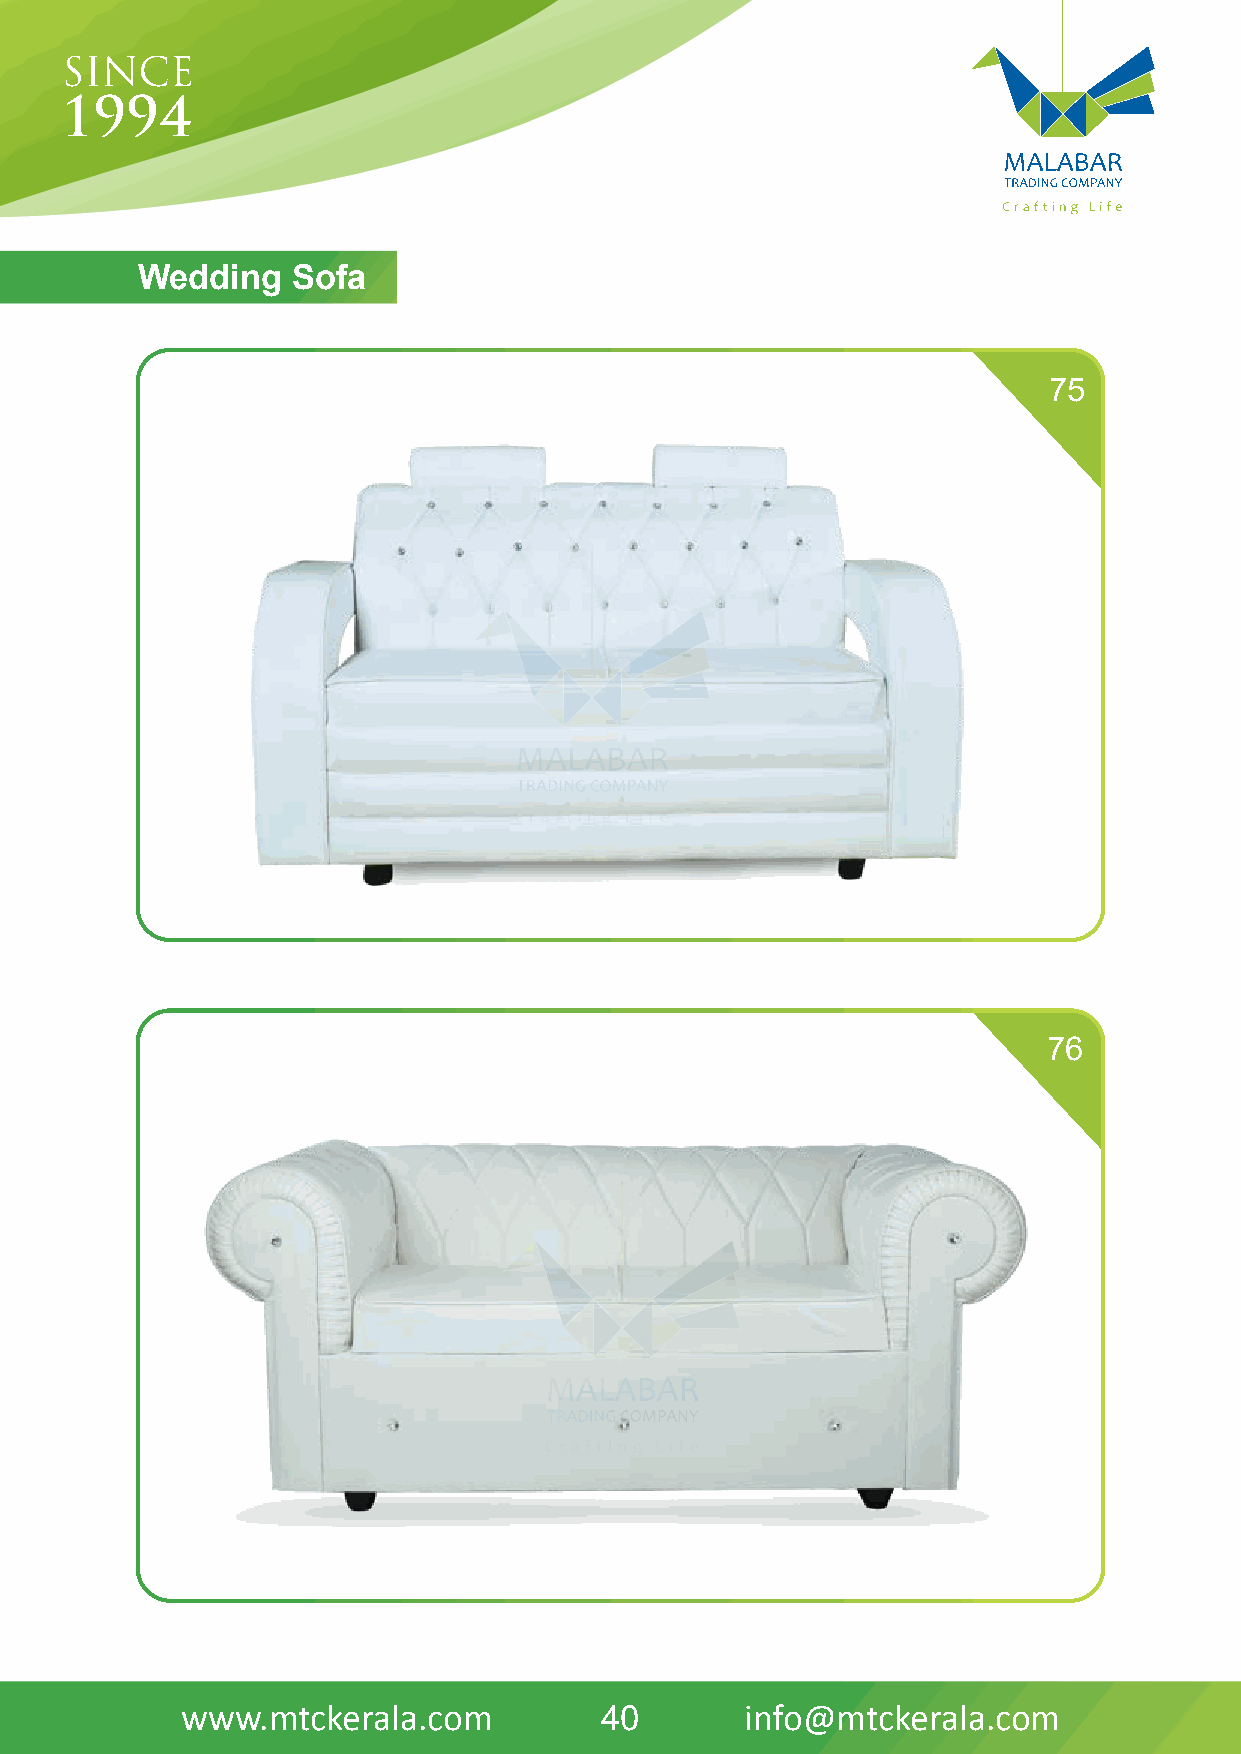
Wedding   Sofa
 75
 76
 www.mtckerala.com           40       info@mtckerala.com